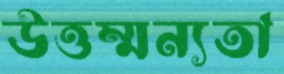
উত্তম্মন্যতা